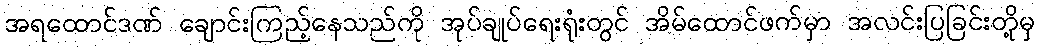
အရထောင်ဒဏ် ချောင်းကြည့်နေသည်ကို အုပ်ချုပ်ရေးရုံးတွင် အိမ်ထောင်ဖက်မှာ အလင်းပြခြင်းတို့မှ